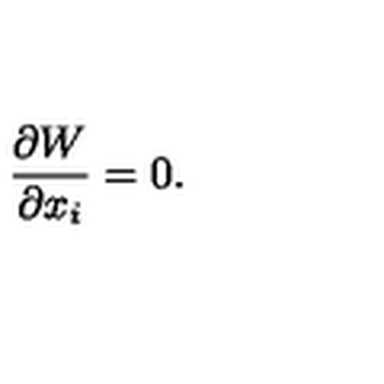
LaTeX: \frac { \partial W } { \partial x _ { i } } = 0 .